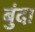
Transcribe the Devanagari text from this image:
बुंदा